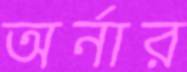
অর্নার